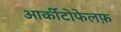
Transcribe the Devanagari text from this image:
आर्कीटोफेलफ़